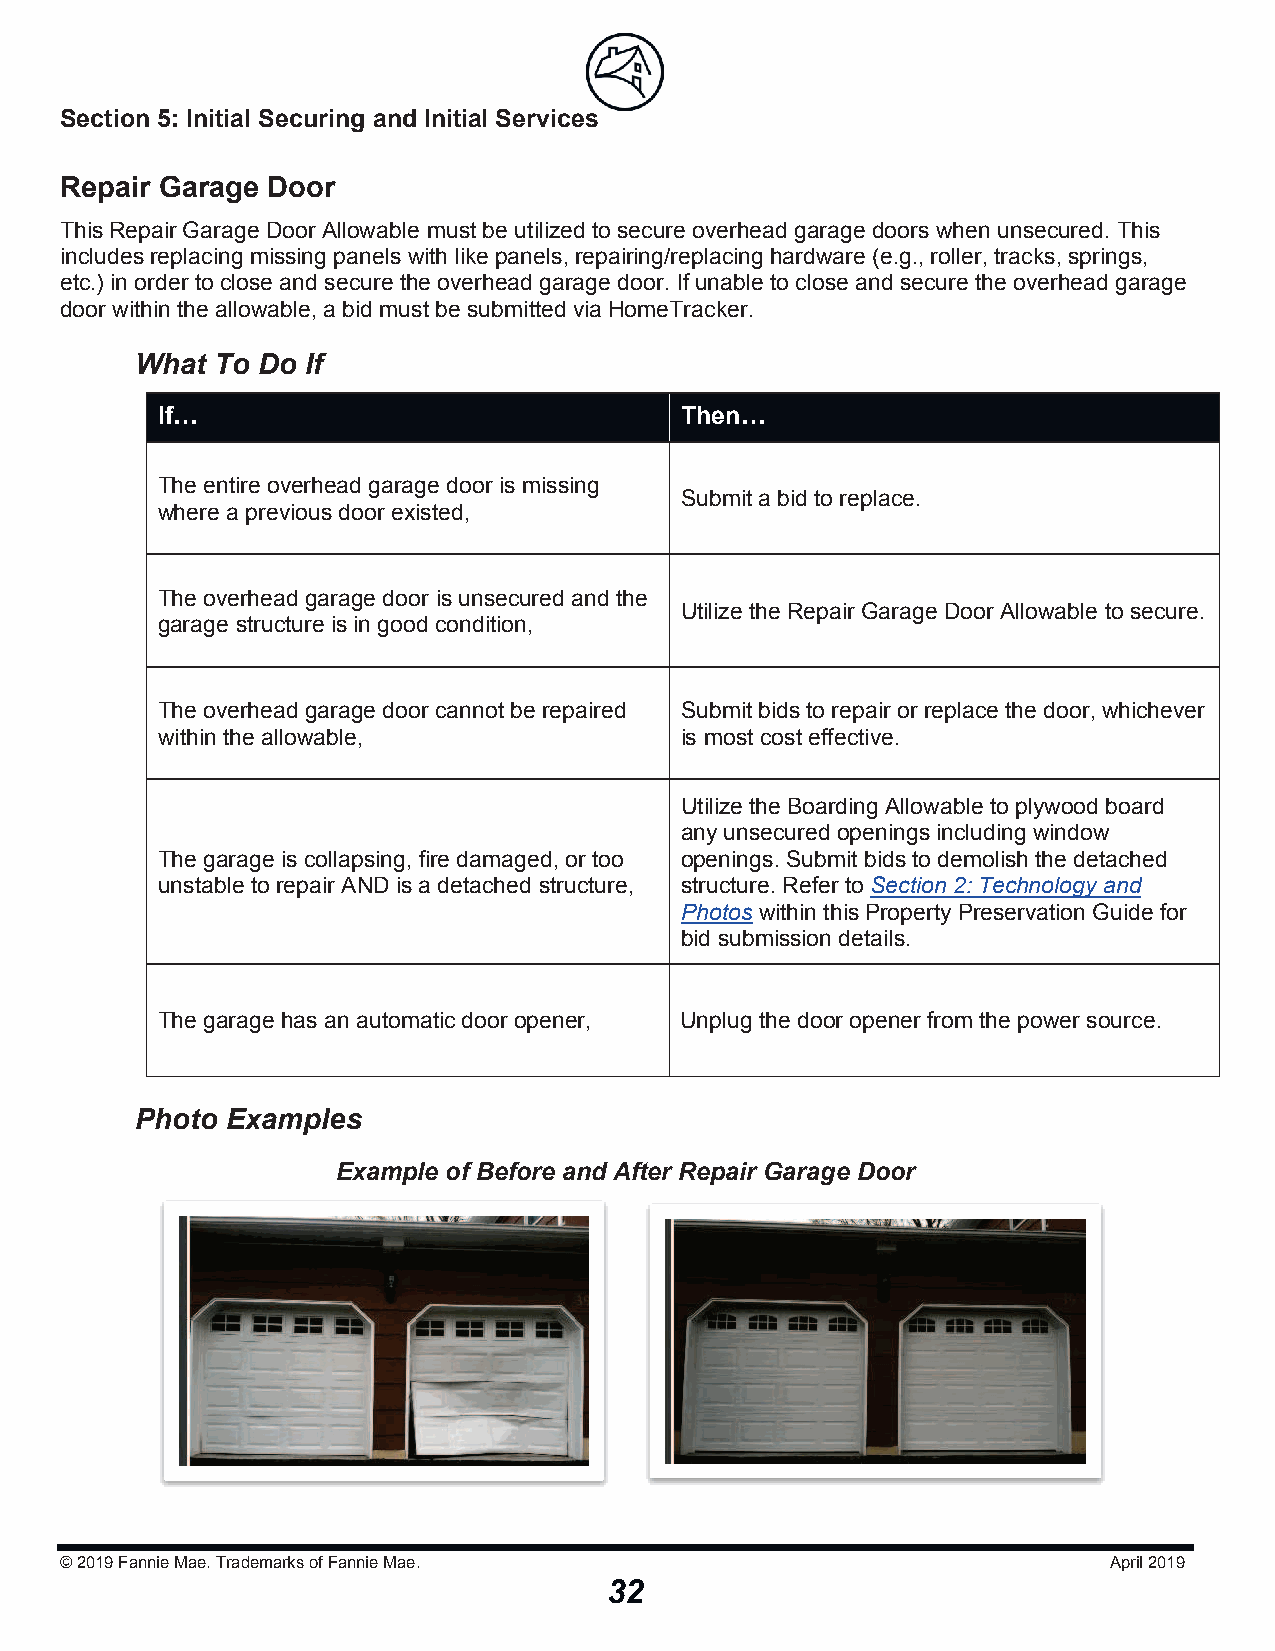
Section 5: Initial Securing and Initial Serviicceess
 Repair Garage Door
 This Repair Garage Door Allowable must be utilized to secure overhead garage doors when unsecured. This
 includes replacing missing panels with like panels, repairing/replacing hardware (e.g., roller, tracks, springs,
 etc.) in order to close and secure the overhead garage door. If unable to close and secure the overhead garage
 door within the allowable, a bid must be submitted via HomeTracker.
 What To Do If
 If…                                Then…
 The entire overhead garage door is missing
 Submit a bid to replace.
 where a previous door existed,
 The overhead garage door is unsecured and the
 Utilize the Repair Garage Door Allowable to secure.
 garage structure is in good condition,
 The overhead garage door cannot be repaired Submit bids to repair or replace the door, whichever
 within the allowable,              is most cost effective.
 Utilize the Boarding Allowable to plywood board
 any unsecured openings including window
 The garage is collapsing, fire damaged, or too openings. Submit bids to demolish the detached
 unstable to repair AND is a detached structure, structure. Refer to Section 2: Technology and
 Photos within this Property Preservation Guide for
 bid submission details.
 The garage has an automatic door opener, Unplug the door opener from the power source.
 Photo Examples
 Example of Before and After Repair Garage Door
 © 2019Fannie Mae. Trademarks of Fannie Mae.                          April 2019
 32